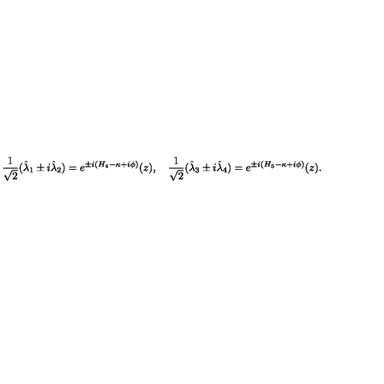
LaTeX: { \frac { 1 } { \sqrt { 2 } } } ( \hat { \lambda } _ { 1 } \pm i \hat { \lambda } _ { 2 } ) = e ^ { \pm i ( H _ { 4 } - \kappa + i \phi ) } ( z ) , \quad { \frac { 1 } { \sqrt { 2 } } } ( \hat { \lambda } _ { 3 } \pm i \hat { \lambda } _ { 4 } ) = e ^ { \pm i ( H _ { 5 } - \kappa + i \phi ) } ( z ) .